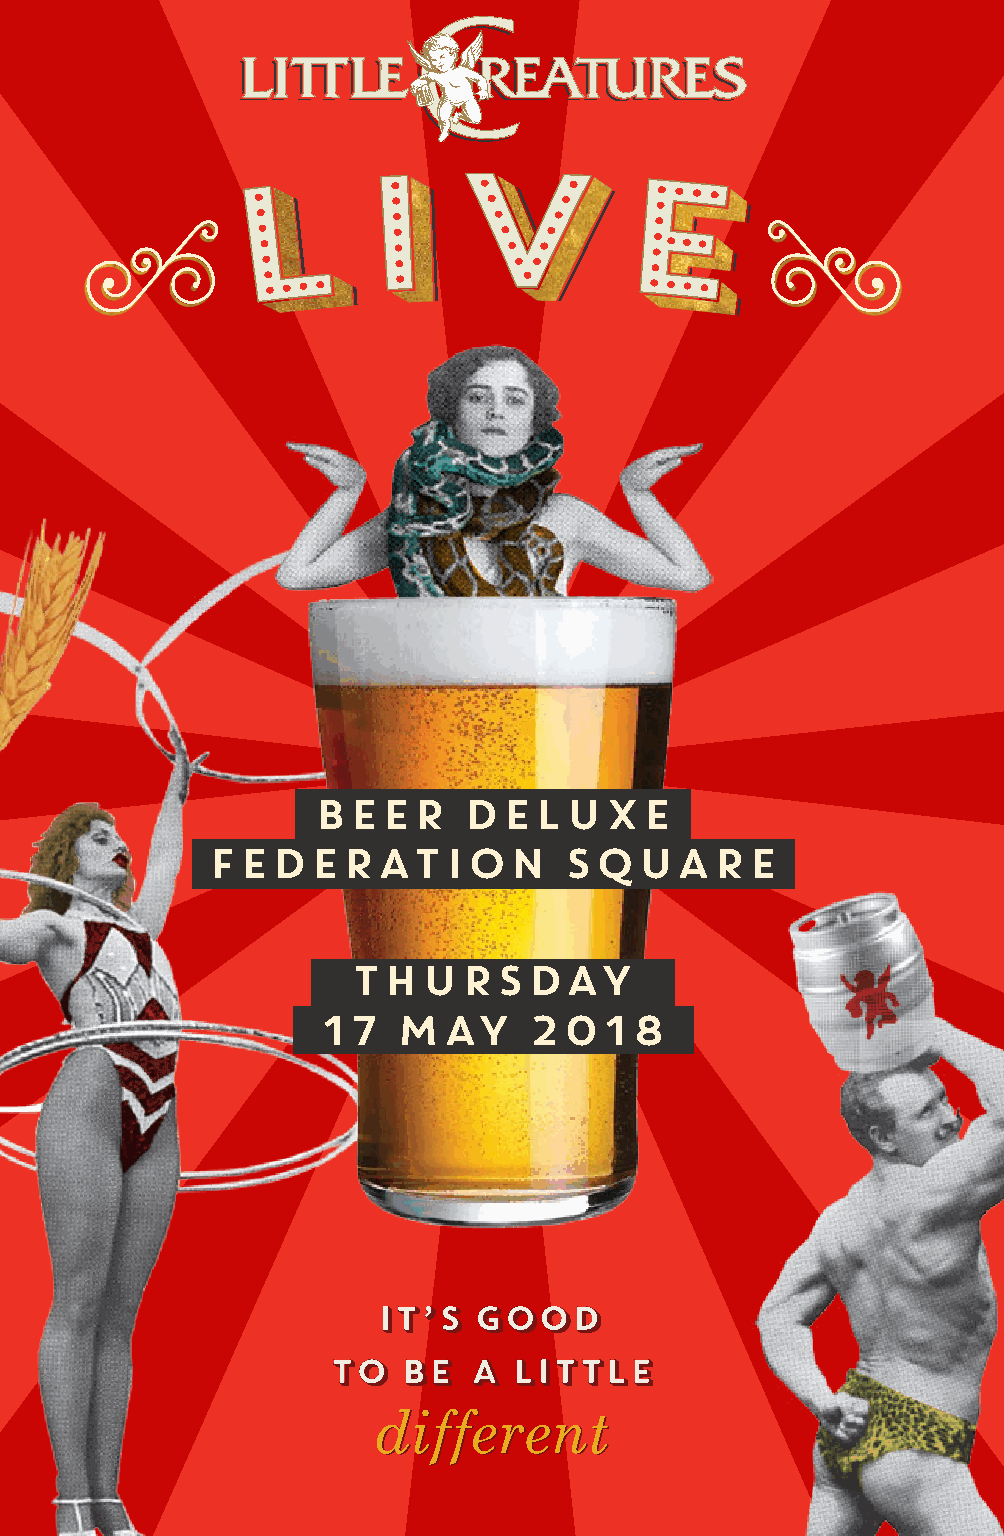
BEER      DELUXE
 FEDERATION             SQUARE
 THURSDAY
 17   MAY      2018
 80